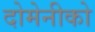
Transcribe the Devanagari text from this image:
दोमेनीको